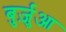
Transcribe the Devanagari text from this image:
बुर्ज़ुआ